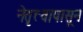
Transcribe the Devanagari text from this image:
नेतृत्त्वापासून